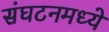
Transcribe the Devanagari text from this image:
संघटनमध्ये